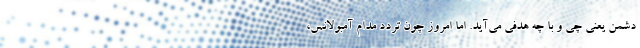
دشمن یعنی چی و با چه هدفی می‌آید. اما امروز چون تردد مدام آمبولانس،